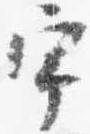
宇